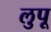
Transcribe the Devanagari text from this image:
लुपू